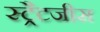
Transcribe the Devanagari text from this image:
स्ट्रैटजीस